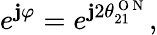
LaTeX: e^{\mathbf{j}\varphi}=e^{\mathbf{j}2\theta_{21}^{\mathrm{{~O~N~}}}},